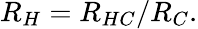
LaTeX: R_{H}=R_{HC}/R_{C}.